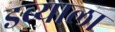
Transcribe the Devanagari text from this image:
डब्याला